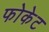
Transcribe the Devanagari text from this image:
फोकेट